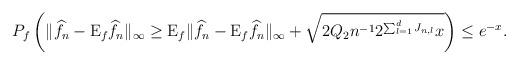
LaTeX: \begin{align*}P_f\left(\|\widehat{f}_n-\mathrm{E}_f\widehat{f}_n\|_\infty\geq\mathrm{E}_f\|\widehat{f}_n-\mathrm{E}_f\widehat{f}_n\|_\infty+\sqrt{2Q_2n^{-1}2^{\sum_{l=1}^dJ_{n,l}}x}\right)\leq e^{-x}.\end{align*}